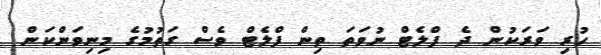
ހުރި ވަރަކުން ދެ ފްލެޓް ނުވަތަ ތިން ފްލެޓް ވެސް ގަތުމުގެ މިނިވަންކަން